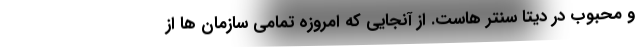
و محبوب در دیتا سنتر هاست. از آنجایی که امروزه تمامی سازمان ها از